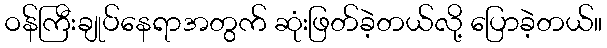
ဝန်ကြီးချုပ်နေရာအတွက် ဆုံးဖြတ်ခဲ့တယ်လို့ ပြောခဲ့တယ်။